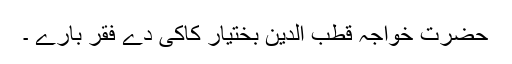
حضرت خواجہ قطب الدین بختیار کاکی دے فقر بارے ۔